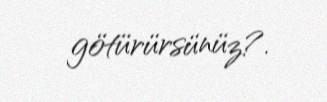
götürürsünüz?.